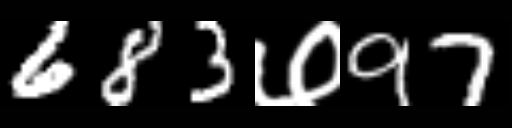
Text: 683७97